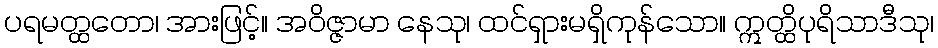
ပရမတ္ထတော၊ အားဖြင့်။ အဝိဇ္ဇာမာ နေသု၊ ထင်ရှားမရှိကုန်သော။ ဣတ္ထိပုရိသာဒီသု၊